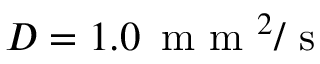
D = 1 . 0 \, \mathrm { ~ m ~ m ~ } ^ { 2 } / \mathrm { ~ s ~ }